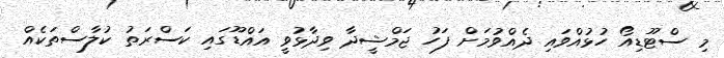
މި ސްޓޫޑިއޯ ހުޅުއްވައި ދެއްވުމަށް ފަހު ޖަމްޝީދާ ވިދާޅުވީ އައްޑޫގައި ކަސްރަތު ކުލާސްތަކެއް